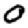
Digit: 0